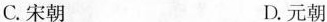
C.宋朝 D.元朝